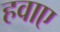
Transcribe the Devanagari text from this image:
हवाए